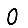
Digit: 0